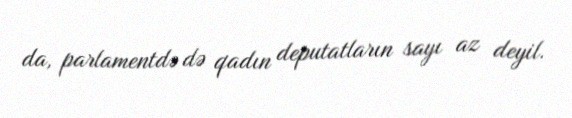
da, parlamentdə də qadın deputatların sayı az deyil.